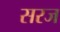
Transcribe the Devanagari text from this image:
सरज